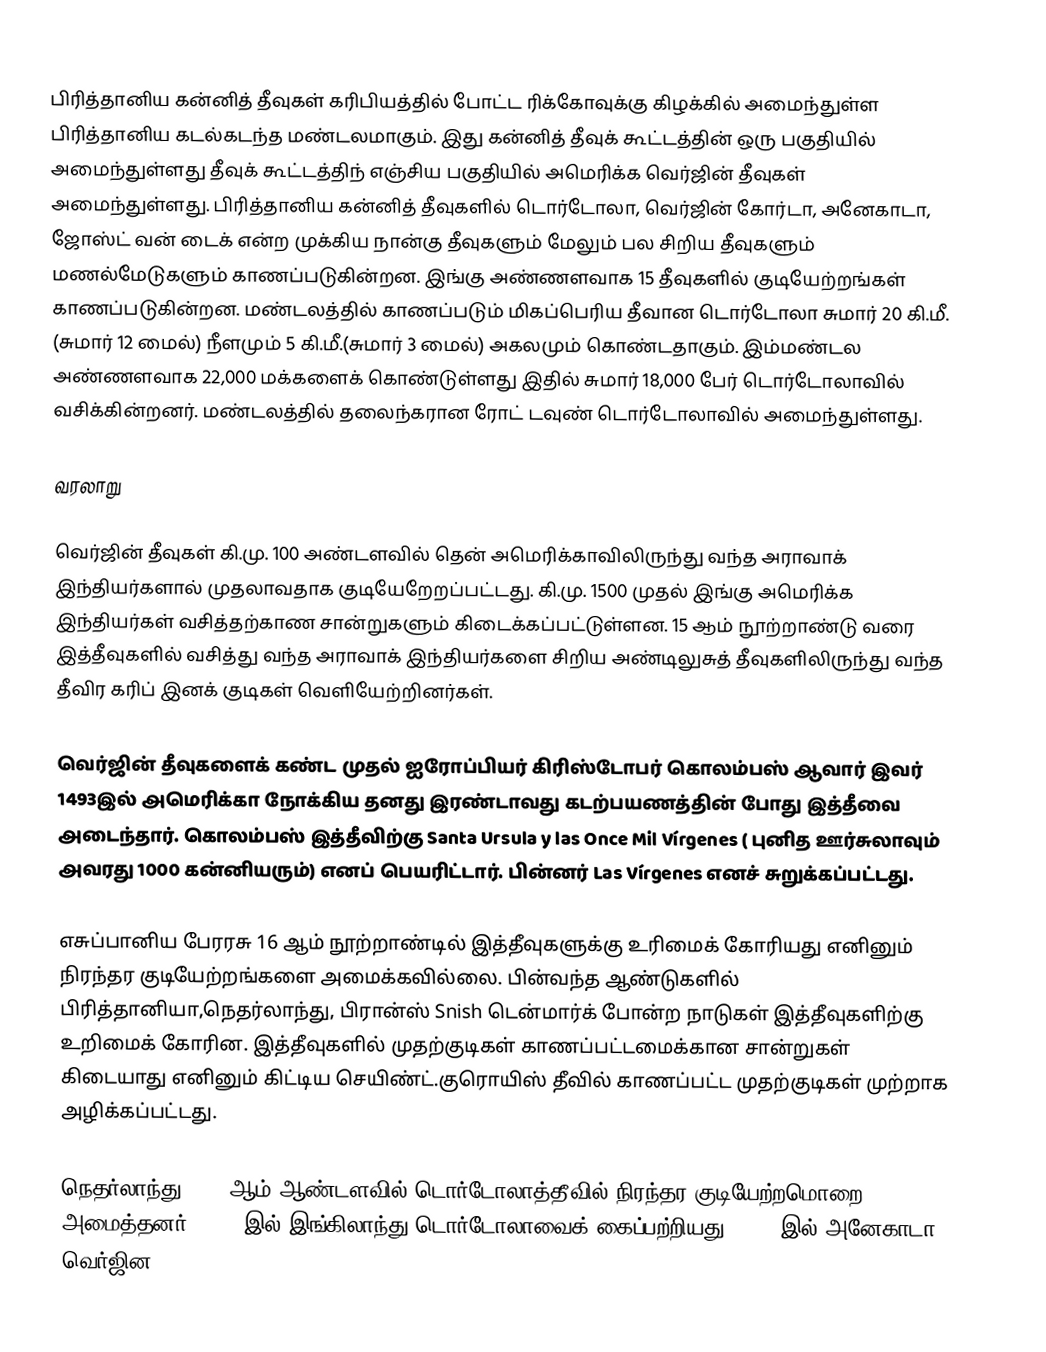
பிரித்தானிய கன்னித் தீவுகள் கரிபியத்தில் போட்ட ரிக்கோவுக்கு கிழக்கில் அமைந்துள்ள பிரித்தானிய கடல்கடந்த மண்டலமாகும். இது கன்னித் தீவுக் கூட்டத்தின் ஒரு பகுதியில் அமைந்துள்ளது தீவுக் கூட்டத்திந் எஞ்சிய பகுதியில் அமெரிக்க வெர்ஜின் தீவுகள் அமைந்துள்ளது. பிரித்தானிய கன்னித் தீவுகளில் டொர்டோலா, வெர்ஜின் கோர்டா, அனேகாடா, ஜோஸ்ட் வன் டைக் என்ற முக்கிய நான்கு தீவுகளும் மேலும் பல சிறிய தீவுகளும் மணல்மேடுகளும் காணப்படுகின்றன. இங்கு அண்ணளவாக 15 தீவுகளில் குடியேற்றங்கள் காணப்படுகின்றன. மண்டலத்தில் காணப்படும் மிகப்பெரிய தீவான டொர்டோலா சுமார் 20 கி.மீ. (சுமார் 12 மைல்) நீளமும் 5 கி.மீ.(சுமார் 3 மைல்) அகலமும் கொண்டதாகும். இம்மண்டல அண்ணளவாக 22,000 மக்களைக் கொண்டுள்ளது இதில் சுமார் 18,000 பேர் டொர்டோலாவில் வசிக்கின்றனர். மண்டலத்தில் தலைந்கரான ரோட் டவுண் டொர்டோலாவில் அமைந்துள்ளது.

வரலாறு

வெர்ஜின் தீவுகள் கி.மு. 100 அண்டளவில் தென் அமெரிக்காவிலிருந்து வந்த அராவாக் இந்தியர்களால்  முதலாவதாக குடியேறேறப்பட்டது.  கி.மு.  1500 முதல் இங்கு அமெரிக்க இந்தியர்கள் வசித்தற்காண சான்றுகளும் கிடைக்கப்பட்டுள்ளன. 15 ஆம் நூற்றாண்டு வரை இத்தீவுகளில் வசித்து வந்த  அராவாக் இந்தியர்களை சிறிய அண்டிலுசுத் தீவுகளிலிருந்து வந்த தீவிர கரிப் இனக் குடிகள் வெளியேற்றினர்கள்.

வெர்ஜின் தீவுகளைக் கண்ட முதல் ஐரோப்பியர் கிரிஸ்டோபர் கொலம்பஸ் ஆவார் இவர் 1493இல் அமெரிக்கா நோக்கிய தனது இரண்டாவது  கடற்பயணத்தின் போது  இத்தீவை அடைந்தார். கொலம்பஸ் இத்தீவிற்கு   Santa Ursula y las Once Mil Vírgenes ( புனித ஊர்சுலாவும் அவரது 1000 கன்னியரும்) எனப் பெயரிட்டார். பின்னர் Las Vírgenes எனச் சுறுக்கப்பட்டது.

எசுப்பானிய பேரரசு 16 ஆம் நூற்றாண்டில் இத்தீவுகளுக்கு உரிமைக் கோரியது எனினும் நிரந்தர குடியேற்றங்களை அமைக்கவில்லை. பின்வந்த ஆண்டுகளில் பிரித்தானியா,நெதர்லாந்து, பிரான்ஸ் Snish டென்மார்க் போன்ற நாடுகள் இத்தீவுகளிற்கு உறிமைக் கோரின. இத்தீவுகளில் முதற்குடிகள் காணப்பட்டமைக்கான சான்றுகள் கிடையாது எனினும் கிட்டிய செயிண்ட்.குரொயிஸ் தீவில் காணப்பட்ட முதற்குடிகள் முற்றாக அழிக்கப்பட்டது.

நெதர்லாந்து 1648 ஆம் ஆண்டளவில் டொர்டோலாத்தீவில் நிரந்தர குடியேற்றமொறை அமைத்தனர். 1672 இல் இங்கிலாந்து டொர்டோலாவைக் கைப்பற்றியது, 1680 இல் அனேகாடா,  வெர்ஜின